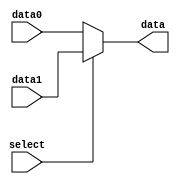
`timescale 1ns / 1ps
//////////////////////////////////////////////////////////////////////////////////
// Company: 
// Engineer: 
// 
// Design Name: 
// Module Name:    MUX5 
// Project Name: 
// Target Devices: 
// Tool versions: 
// Description: 
//
// Dependencies: 
//
// Revision: 
// Revision 0.01 - File Created
// Additional Comments: 
//
//////////////////////////////////////////////////////////////////////////////////
module MUX5( input [ 4 : 0 ] data0, input [ 4 : 0 ] data1 , input select , output [ 4 : 0 ] data );
	assign data = !select ? data0 : data1 ;
endmodule